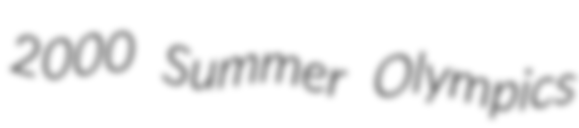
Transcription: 2000 Summer Olympics